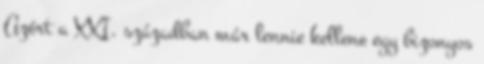
Azért a XXI. században már lennie kellene egy bizonyos